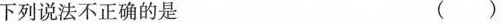
下列说法不正确的是 ( )